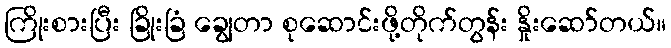
ကြိုးစားပြီး ခြိုးခြံ ချွေတာ စုဆောင်းဖို့တိုက်တွန်း နှိုးဆော်တယ်။